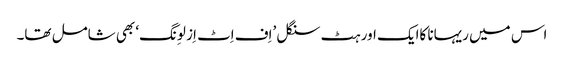
اس میں ریہانا کاایک اور ہٹ سنگل ’اِف اِٹ اِز لوِنگ‘ بھی شامل تھا۔